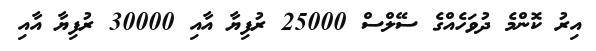
އިރު ކޮންމެ ދުވަހެއްގެ ސޭލްސް 25000 ރުފިޔާ އާއި 30000 ރުފިޔާ އާއި